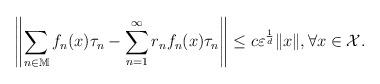
LaTeX: \begin{align*}\left\| \sum_{n\in \mathbb{M}}f_n(x)\tau_n-\sum_{n=1}^{\infty}r_nf_n(x)\tau_n\right\|\leq c \varepsilon^\frac{1}{d}\|x\|, \forall x \in \mathcal{X}.\end{align*}